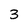
Character: 3